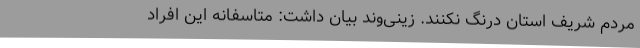
مردم شریف استان درنگ نکنند. زینی‌وند بیان داشت: متاسفانه این افراد